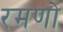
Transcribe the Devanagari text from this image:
रमणो